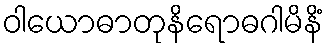
ဝါယောဓာတုနိရောဓဂါမိနိံ